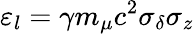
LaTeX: \varepsilon_{l}=\gamma m_{\mu}c^{2}\sigma_{\delta}\sigma_{z}